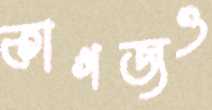
কাগজও